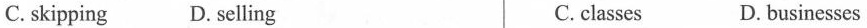
C. skipping D. selling C. classes D. businesses